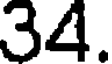
34.